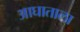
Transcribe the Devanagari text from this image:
आघाताला